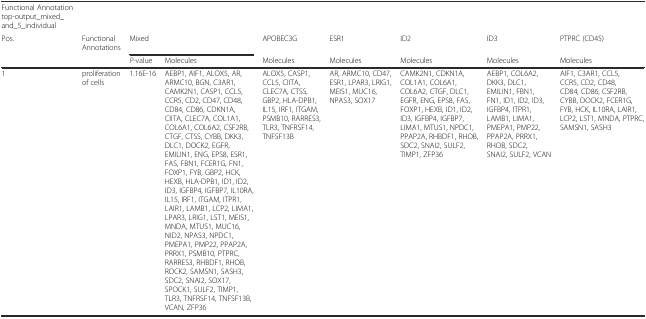
<table><thead><tr><td><b>Functional Annotation top-output_mixed_and_5_individual</b></td><td></td><td></td><td></td><td></td><td></td><td></td><td></td><td></td></tr><tr><td><b>Pos.</b></td><td><b>Functional Annotations</b></td><td colspan="2"><b>Mixed</b></td><td><b>APOBEC3G</b></td><td><b>ESR1</b></td><td><b>ID2</b></td><td><b>ID3</b></td><td><b>PTPRC (CD45)</b></td></tr><tr><td></td><td></td><td><b><i>P</i>-value</b></td><td><b>Molecules</b></td><td><b>Molecules</b></td><td><b>Molecules</b></td><td><b>Molecules</b></td><td><b>Molecules</b></td><td><b>Molecules</b></td></tr></thead><tbody><tr><td>1</td><td>proliferation of cells</td><td>1.16E-16</td><td>AEBP1, AIF1, ALOX5, AR, ARMC10, BGN, C3AR1, CAMK2N1, CASP1, CCL5, CCR5, CD2, CD47, CD48, CD84, CD86, CDKN1A, CIITA, CLEC7A, COL1A1, COL6A1, COL6A2, CSF2RB, CTGF, CTSS, CYBB, DKK3, DLC1, DOCK2, EGFR, EMILIN1, ENG, EPS8, ESR1, FAS, FBN1, FCER1G, FN1, FOXP1, FYB, GBP2, HCK, HEXB, HLA-DPB1, ID1, ID2, ID3, IGFBP4, IGFBP7, IL10RA, IL15, IRF1, ITGAM, ITPR1, LAIR1, LAMB1, LCP2, LIMA1, LPAR3, LRIG1, LST1, MEIS1, MNDA, MTUS1, MUC16, NID2, NPAS3, NPDC1, PMEPA1, PMP22, PPAP2A, PRRX1, PSMB10, PTPRC, RARRES3, RHBDF1, RHOB, ROCK2, SAMSN1, SASH3, SDC2, SNAI2, SOX17, SPOCK1, SULF2, TIMP1, TLR3, TNFRSF14, TNFSF13B, VCAN, ZFP36</td><td>ALOX5, CASP1, CCL5, CIITA, CLEC7A, CTSS, GBP2, HLA-DPB1, IL15, IRF1, ITGAM, PSMB10, RARRES3, TLR3, TNFRSF14, TNFSF13B</td><td>AR, ARMC10, CD47, ESR1, LPAR3, LRIG1, MEIS1, MUC16, NPAS3, SOX17</td><td>CAMK2N1, CDKN1A, COL1A1, COL6A1, COL6A2, CTGF, DLC1, EGFR, ENG, EPS8, FAS, FOXP1, HEXB, ID1, ID2, ID3, IGFBP4, IGFBP7, LIMA1, MTUS1, NPDC1, PPAP2A, RHBDF1, RHOB, SDC2, SNAI2, SULF2, TIMP1, ZFP36</td><td>AEBP1, COL6A2, DKK3, DLC1, EMILIN1, FBN1, FN1, ID1, ID2, ID3, IGFBP4, ITPR1, LAMB1, LIMA1, PMEPA1, PMP22, PPAP2A, PRRX1, RHOB, SDC2, SNAI2, SULF2, VCAN</td><td>AIF1, C3AR1, CCL5, CCR5, CD2, CD48, CD84, CD86, CSF2RB, CYBB, DOCK2, FCER1G, FYB, HCK, IL10RA, LAIR1, LCP2, LST1, MNDA, PTPRC, SAMSN1, SASH3</td></tr></tbody></table>